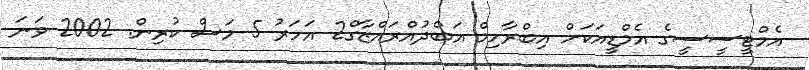
އެމްޓީސީސީގެ އެމްޑީއަކަށް އިބްރާހިމް އަބްދުއްރައްޒާގް2 އަހަރު 5 މަސް ކުރިން. 2002 ވަނަ